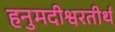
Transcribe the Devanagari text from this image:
हनुमदीश्वरतीर्थ